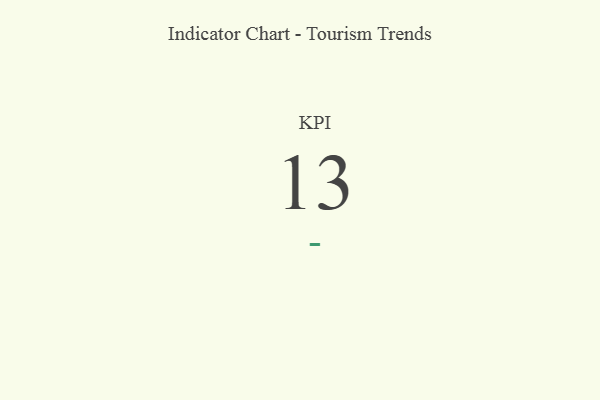
{"axis": {"x": "KPI", "y": "Value"}, "legend": [""], "data": [{"x": "KPI", "y": 13, "type": ""}]}